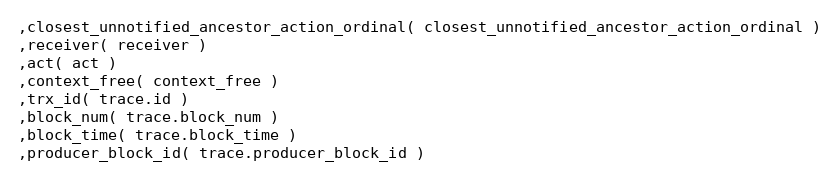
Language: C++
,closest_unnotified_ancestor_action_ordinal( closest_unnotified_ancestor_action_ordinal )
,receiver( receiver )
,act( act )
,context_free( context_free )
,trx_id( trace.id )
,block_num( trace.block_num )
,block_time( trace.block_time )
,producer_block_id( trace.producer_block_id )